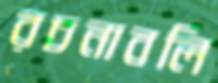
রচনাবলি